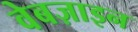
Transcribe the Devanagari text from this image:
वेबज़ाइन